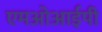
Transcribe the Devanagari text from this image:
एमओआईपी